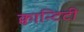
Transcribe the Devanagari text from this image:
क्वान्टिटी